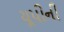
યૂપીની